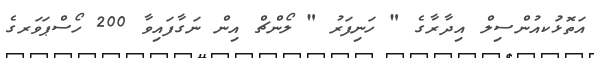
އަތޮޅުަކއުންސިލް އިދާރާގެ " ހަނިފަރު " ލޯންޗް އިން ނަގާފައިވާ 200 ހޯސްޕަވަރގެ